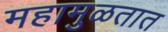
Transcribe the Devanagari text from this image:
महामुळतात